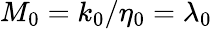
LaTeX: M_{0}=k_{0}/\eta_{0}=\lambda_{0}